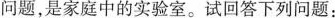
问题，是家庭中的实验室。试回答下列问题：